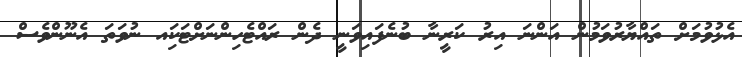
އެޅުވުމަށް ތައްޔާރުވަމުން އަންނަ އިރު ކަރީނާ ބުނެފައިވަނީ ދެން ރައްޓެހިންނަށްޓަކަިއ ނުވަތަ އެނޫންވެސް